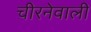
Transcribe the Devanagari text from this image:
चीरनेवाली